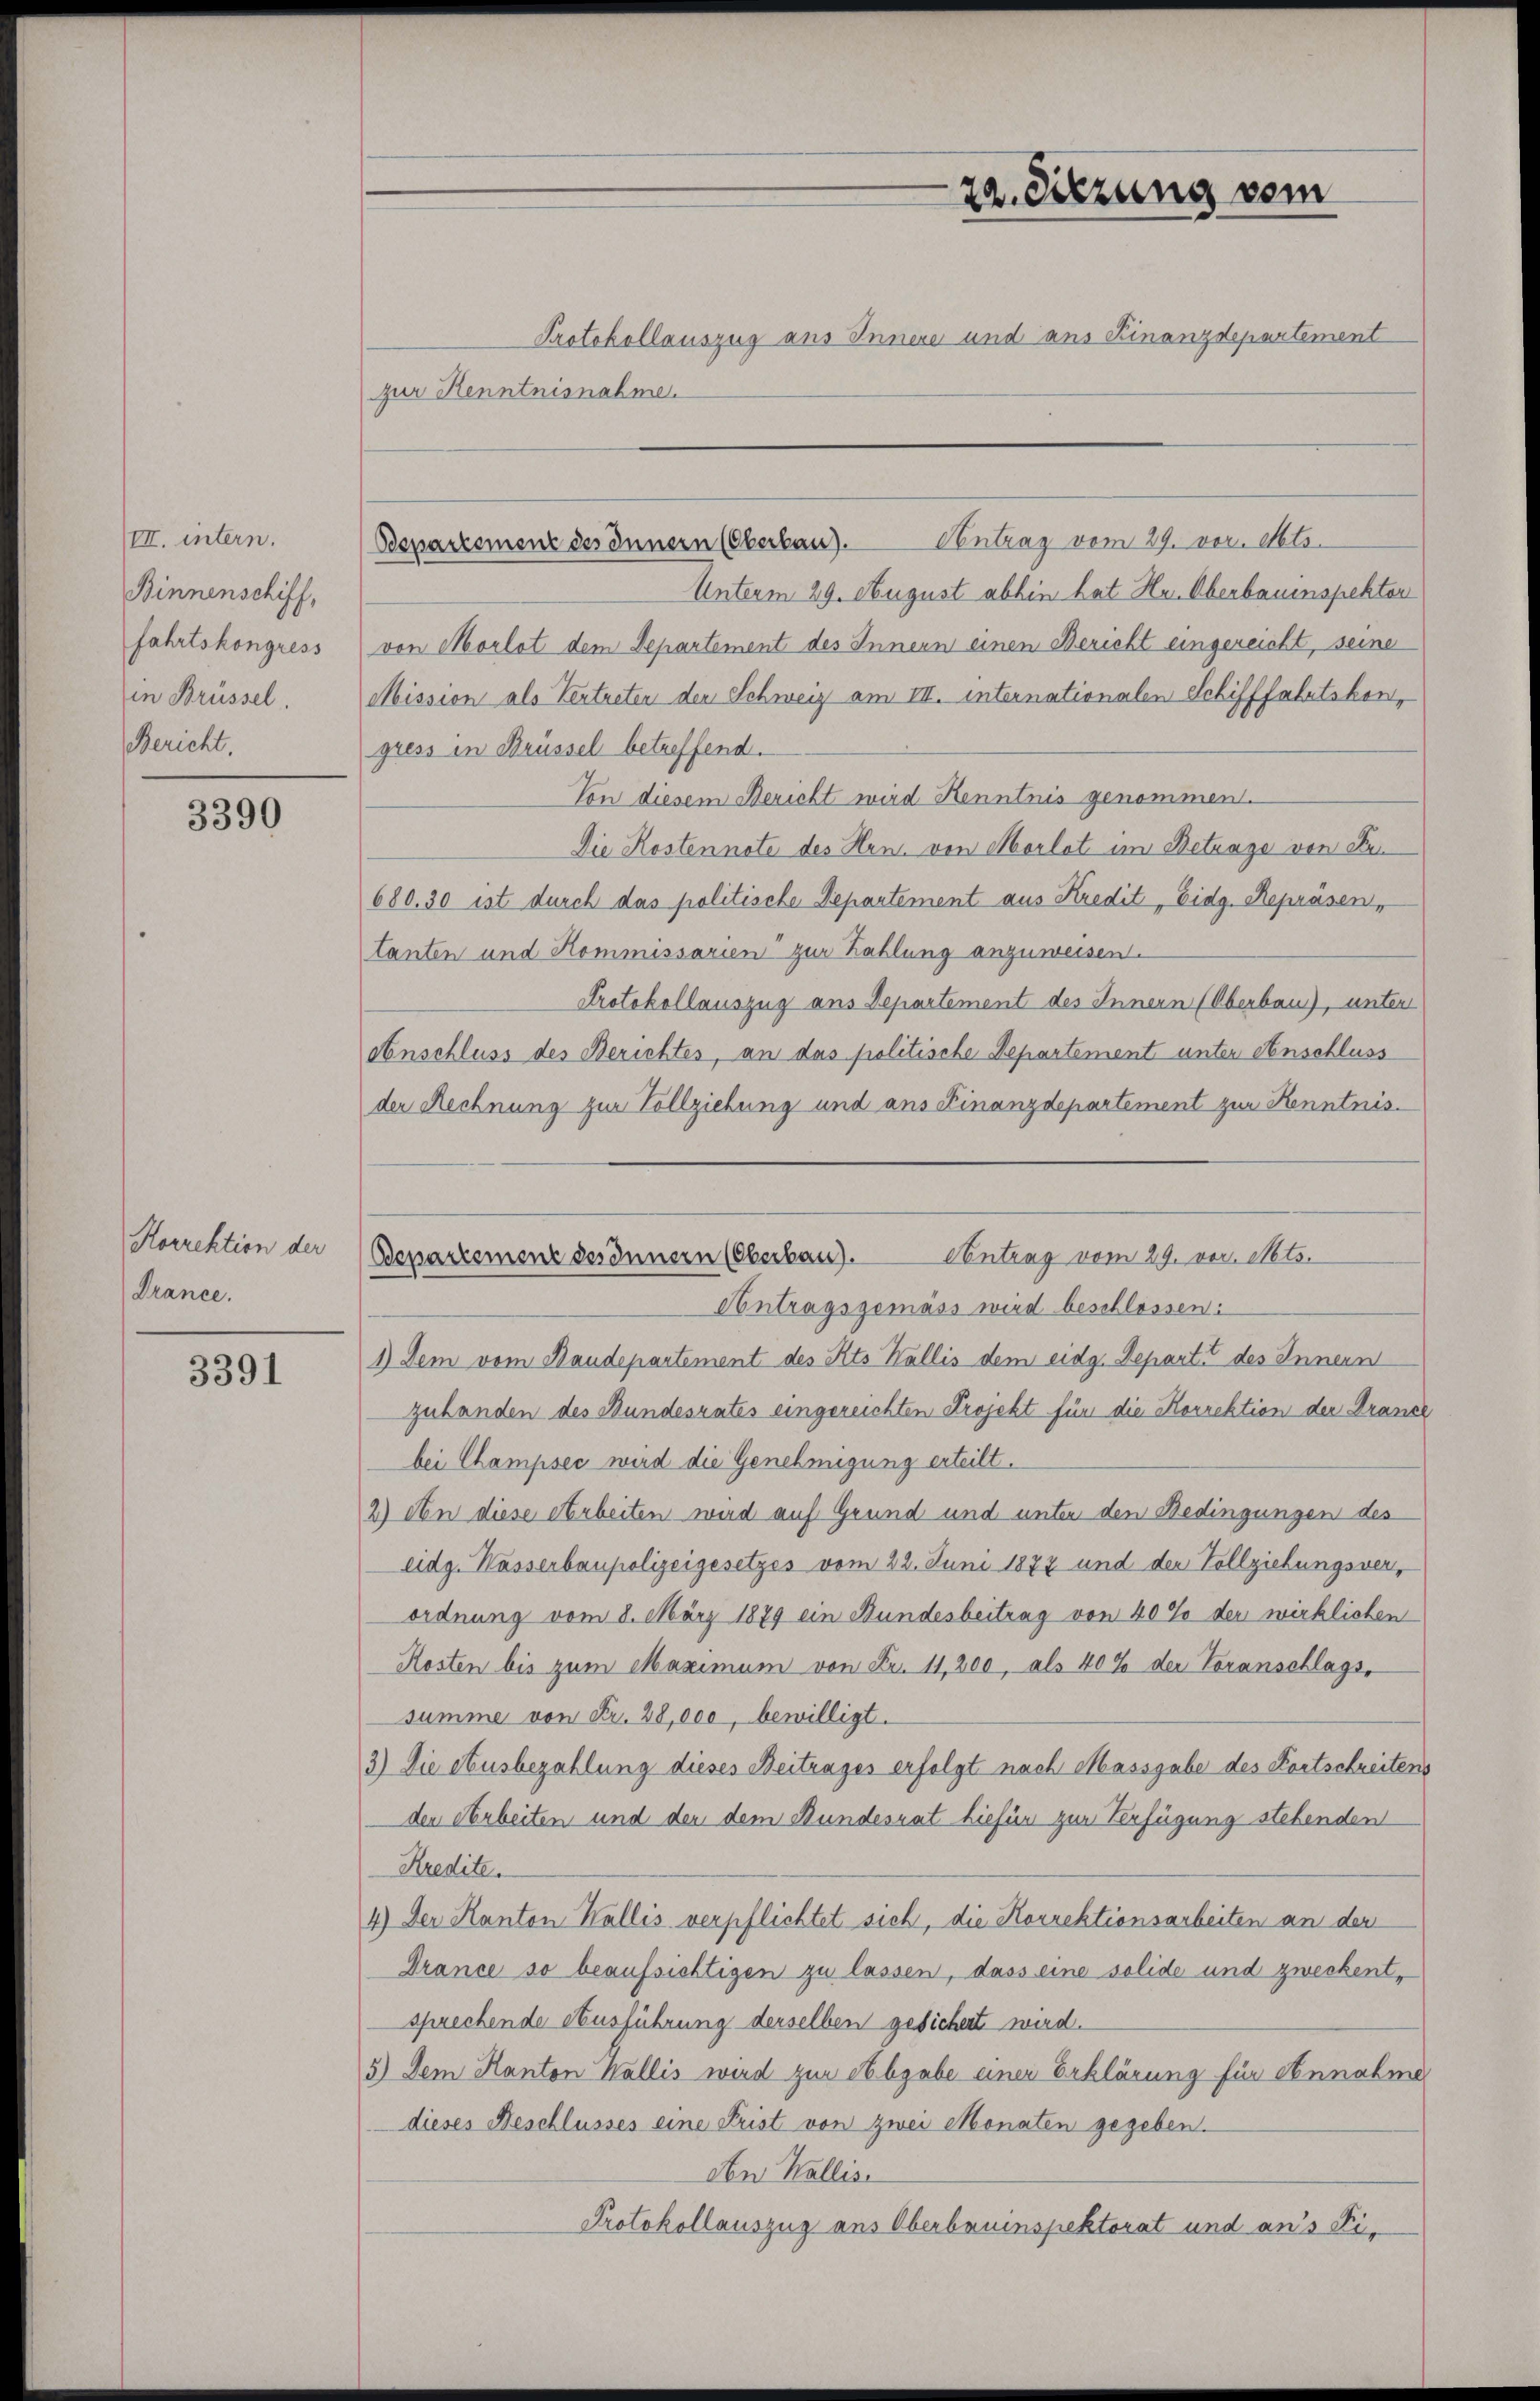
VII. intern.
Binnenschiff,
fahrtskongress
in Brüssel.
Bericht.

3390

Horrektion der
Krance.

3391

zur Kenntnisnahme.

Unterm 29. August abhin hat Hr. Oberbauenspektor
von Morlot dem Departement des Innern einen Bericht eingereicht, seine
Mission als Vertreten der Schweiz am III. internationalen Schifffahrtskon,
gress in Brüssel betreffend.
Von diesem Bericht wird Kenntnis genommen.
Die Kostennote des Hrn. von Morlot im Betrage von den
680. 30 ist durch das politische Departement aus Kredit „Eidg. Repräsen,
tanten und Kommissarien zur Zahlung anzuweisen.
Protokollauszug aus Departement des Innern (Oberbau), unter
anschluss des Berichtes, an das politische Departement unter Anschluss
der Rechnung zur Vollziehung und aus Finanzdepartement zur Kenntnis

22. Sitzung vom
Protokollauszug aus Innere und aus Finanzdepartement

Bepartemenz des Innern (Oberbau). Contrag vom 29. vor. Mts.

Antrag vom 29. vor. Mts.
Bepartement des Innern (Oberbau).

Antragsgemäss wird beschlossen:
1) Dem vom Baudepartement des Kts Wallis dem eidg. Departe des Innern
zuhanden des Bundesrates eingereichten Projekt für die Korrektion der Drance
bei Champsec wird die Genehmigung erteilt.
2) An diese Arbeiten wird auf Grund und unter den Bedingungen des
eidg. Wasserbaupolizeigesetzes vom 22. Juni 1877 und der Vollziehungsverordnung vom 8. März 1879 ein Bundesbeitrag von 40% der wirklichen
Kosten bis zum Maximum von Fr. 11,200, als 40% der Voranschlags,
summe von Fr. 28,000, bewilligt.
3) Die etusbezahlung dieses Beitrages erfolgt nach Massgabe des Fortschreitens
den Arbeiten und der dem Bundesrat hiefür zur Verfügung stehenden
Kredite.
4) Der Kanton Wallis verpflichtet sich, die Korrektionsarbeiten an der
Drance so beaufsichtigen zu lassen, dass eine solide und zweckentsprechende Ausführung derselben gesichert wird.
5) Dem Kanton Wallis wird zur Abgabe einer Erklärung für Annahme
dieses Beschlusses eine Frist von zwei Monaten gegeben.
An Wallis.
Protokollauszug aus Oberbruinspektorat und an’s Fi¬